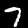
Label: 7